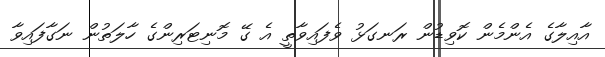
އާއިލާގެ އެންމެން ކޮވިޑުން ރަނގަޅު ވެފައިވާތީ އެ ގޭ މޮނިޓަރިންގެ ހާލަތުން ނަގާފައިވާ